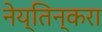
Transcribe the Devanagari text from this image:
नेय्तिन्करा